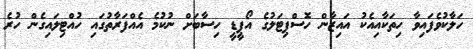
ހަލާކުވެފައިވާ ހިތަކާއިއެކު އައިޒާން ހޮސްޕިޓަލުގެ އޯޕީޑީ ހިސާބަށް ނުކުމެ އެއްފަރާތުގައި ހުއްޓިލައިގެން ހުރެ